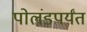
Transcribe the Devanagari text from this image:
पोलंडपर्यंत